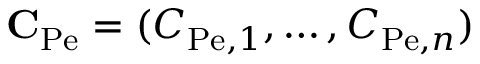
\mathbf { C } _ { \mathrm { P e } } = ( C _ { \mathrm { P e } , 1 } , \hdots , C _ { \mathrm { P e } , n } )